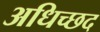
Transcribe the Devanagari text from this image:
अधिच्छद